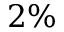
2 \%